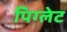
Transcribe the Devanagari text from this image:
पिग्लेट